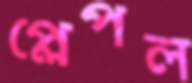
প্লেপল